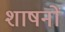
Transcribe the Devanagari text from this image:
शाषनों